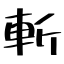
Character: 斬